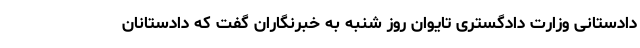
دادستانی وزارت دادگستری تایوان روز شنبه به خبرنگاران گفت که دادستانان